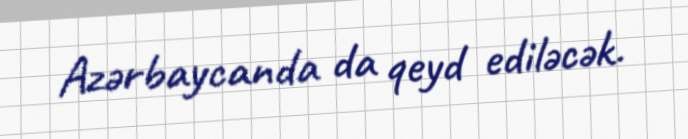
Azərbaycanda da qeyd ediləcək.